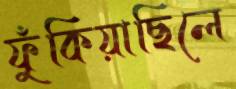
ফুঁকিয়াছিলে